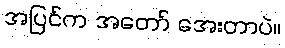
အပြင်က အတော် အေးတာပဲ။